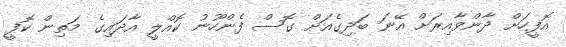
އޮފީހަށް ދާންވާއިރަށް އޭނަ ބަދިގެއަށް ގޮސް ފެންހޫނު ކޮއްލީ އާދައިގެ މަތިން ކޮފީ